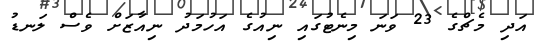
އަދި މެޗްގެ 23 ވަނަ މިނެޓުގައި ނިއުގެ އަހުމަދު ނިއާޒަށް ވެސް ލަނޑު